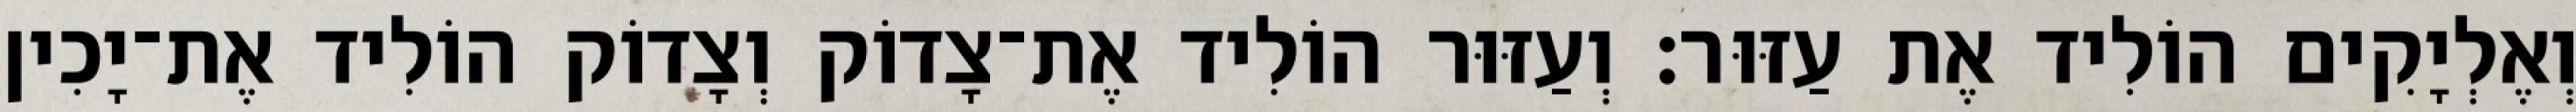
וְאֶלְיָקִים הוֹלִיד אֶת עַזּוּר׃ וְעַזּוּר הוֹלִיד אֶת־צָדוֹק וְצָדוֹק הוֹלִיד אֶת־יָכִין